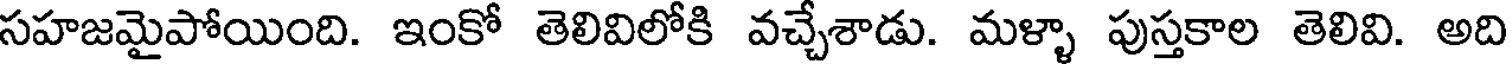
సహజమైపోయింది. ఇంకో తెలివిలోకి వచ్చేశాడు. మళ్ళా పుస్తకాల తెలివి. అది